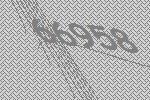
66958